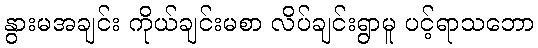
နွားမအချင်း ကိုယ်ချင်းမစာ လိပ်ချင်းရွာမူ ပင့်ရာသဘော